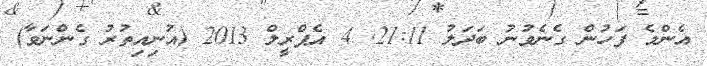
އެންމެ ފަހުން ގެނެވުނު ބަދަލު 21:11